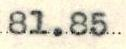
81.85